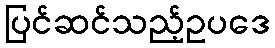
ပြင်ဆင်သည့်ဥပဒေ